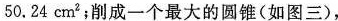
50.24cm^{2}；削成一个最大的圆锥(如图三)，